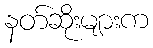
နတ်ဆိုးများက